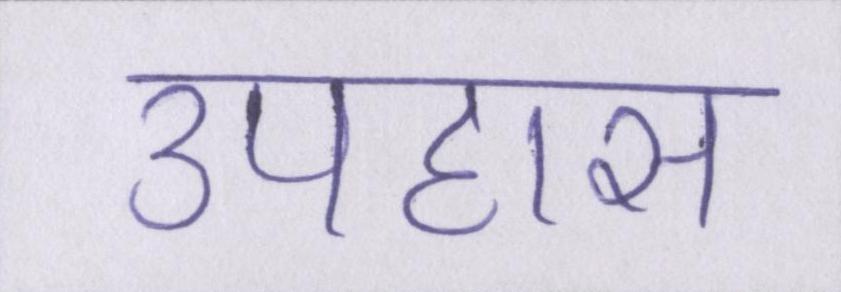
उपहास